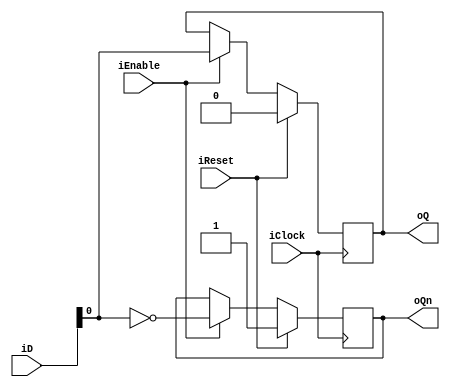
module mDFF_posedgeclk(input [7:0] iD, 			//from ALU
								input iClock,
								input iReset,
								input iEnable,
								output reg oQ,
								output reg oQn);
						
always @(posedge iClock)
begin
	if (iReset == 1'b1)
		begin
			oQ <= 1'b0;
			oQn <= 1'b1;
		end		
	else
		if (iEnable == 1'b1)
		begin
			oQ <= iD;
			oQn <= ~iD;
		end
end

endmodule